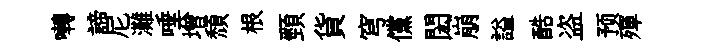
囀諦尼灘唾增頽根頸貨穹儻閎崩謚酷盗预殫